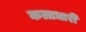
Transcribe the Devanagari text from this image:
कलाधारी